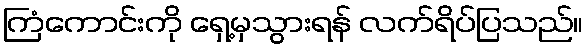
ကြံကောင်းကို ရှေ့မှသွားရန် လက်ရိပ်ပြသည်။